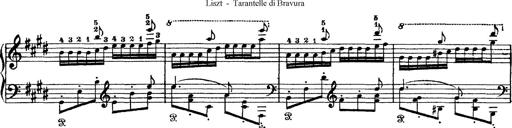
Title: Tarantelle di bravura dâ€™aprÃ¨s la tarantelle de La muette de Portici
Composer: Franz Liszt